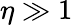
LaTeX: \eta\gg 1